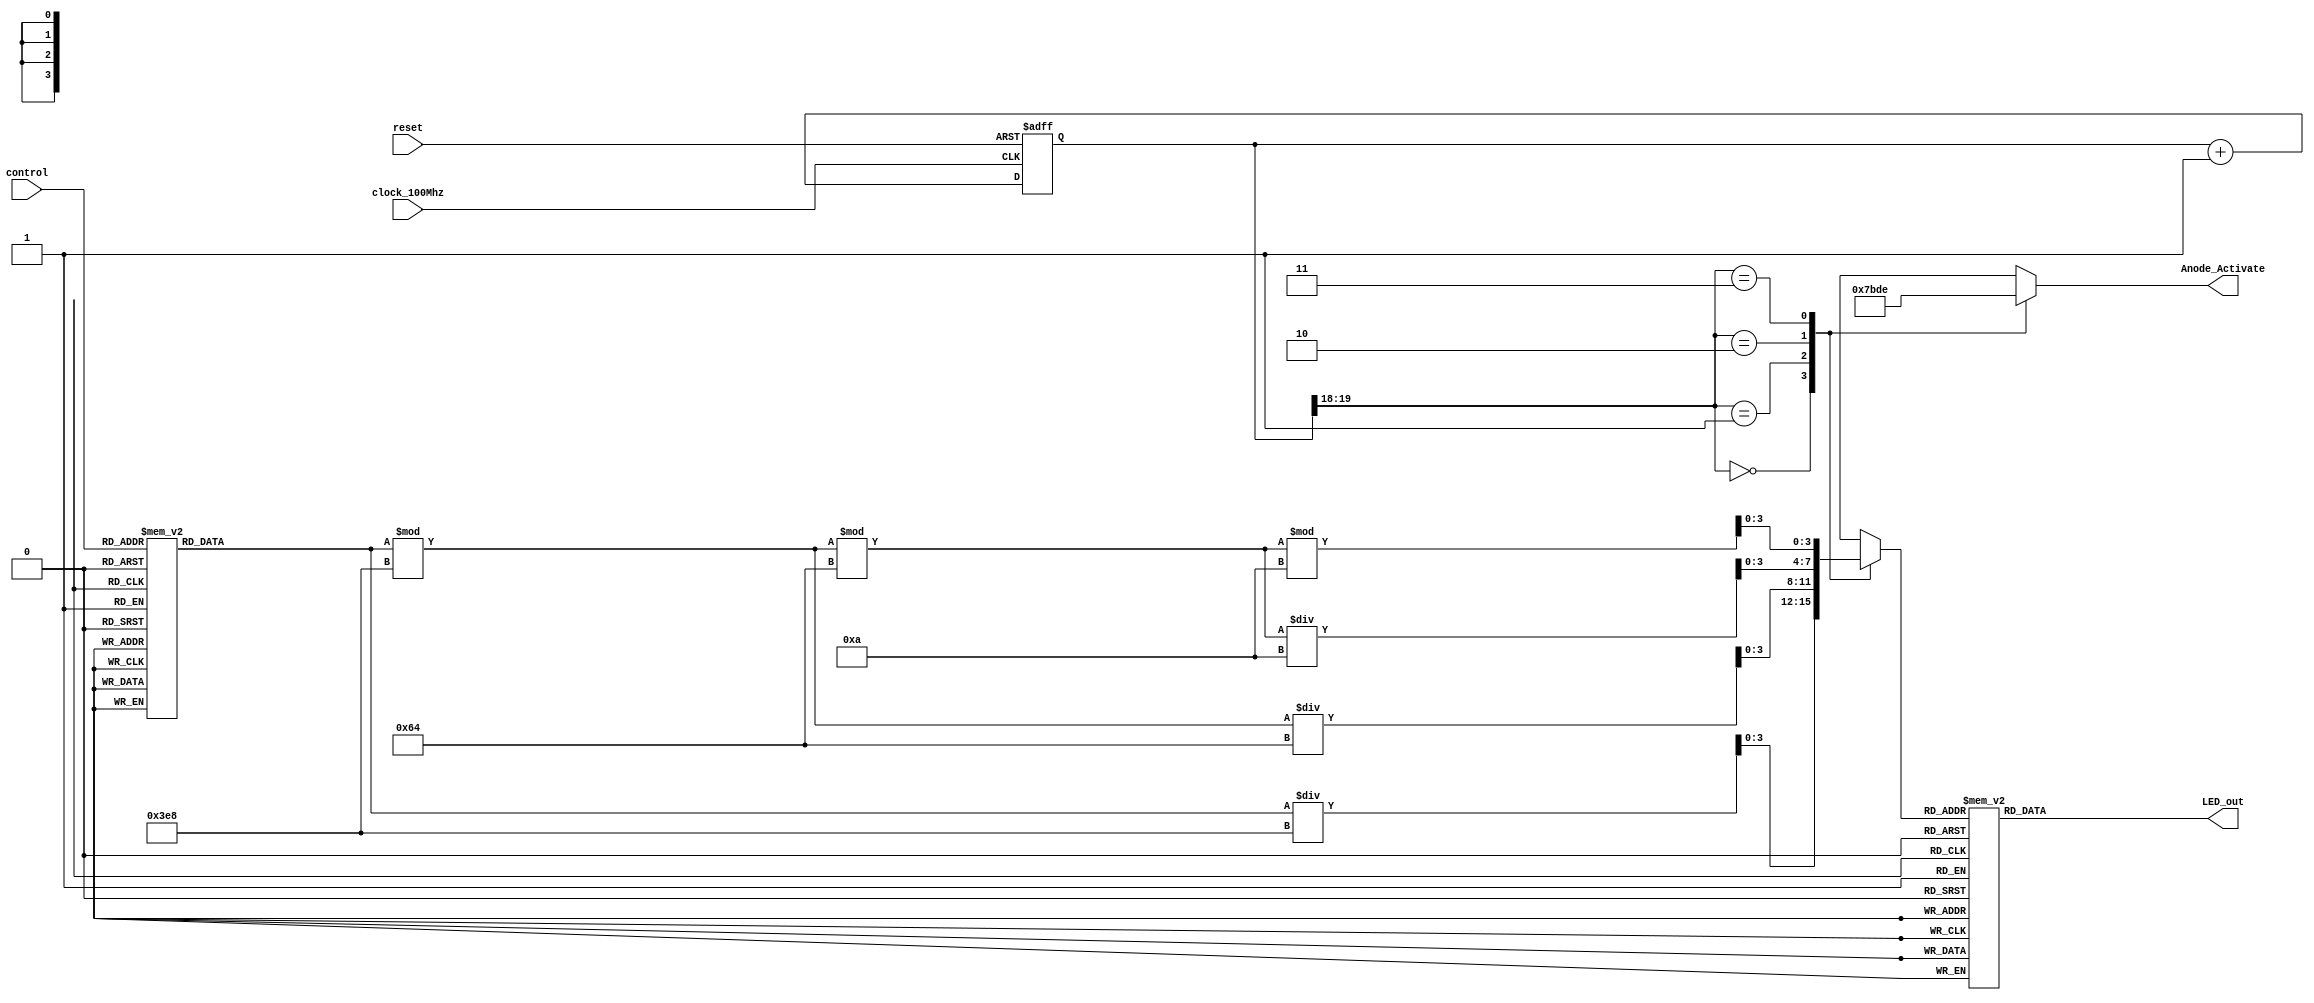
`timescale 1ns / 1ps


module control_7seg(
    input clock_100Mhz, // 100 Mhz clock source on Basys 3 FPGA
    input reset, // reset
    input [3:0] control,
    output reg [3:0] Anode_Activate, // anode signals of the 7-segment LED display
    output reg [6:0] LED_out// cathode patterns of the 7-segment LED display
    //output reg [7:0] LED
    );
    reg [26:0] one_second_counter; // counter for generating 1 second clock enable
    wire one_second_enable;// one second enable for counting numbers
    reg [15:0] displayed_number; // counting number to be displayed
    reg [3:0] LED_BCD;
    reg [19:0] refresh_counter; // 20-bit for creating 10.5ms refresh period or 380Hz refresh rate
             // the first 2 MSB bits for creating 4 LED-activating signals with 2.6ms digit period
    wire [1:0] LED_activating_counter; 
    
    //wire [2:0] LED_8;
    //reg [3:0] sw;
                 // count     0    ->  1  ->  2  ->  3
              // activates    LED1    LED2   LED3   LED4
             // and repeat
    /*
    always @(posedge clock_100Mhz or posedge reset)
    begin
        if(reset==1)
            one_second_counter <= 0;
        else begin
            if(one_second_counter>=99999999) 
                 one_second_counter <= 0;
            else
                one_second_counter <= one_second_counter + 1;
        end
    end 
    assign one_second_enable = (one_second_counter==99999999)?1:0;
    always @(posedge clock_100Mhz or posedge reset)
    begin
        if(reset==1)
            displayed_number <= 0;
        else if(one_second_enable==1)
            displayed_number <= displayed_number + 1;
    end
    
    always @*
        begin
            sw[0] = bit_D;
            sw[1] = bit_C;
            sw[2] = bit_B;
            sw[3] = bit_A;
        end
    */
    always @ ( control )
        begin
            case (control)
                4'b0000 : displayed_number <= 16'b0000000000000000;
                4'b0001 : displayed_number <= 16'b0000000000000001;
                4'b0010 : displayed_number <= 16'b0000000000000010;
                4'b0011 : displayed_number <= 16'b0000000000000011;
                4'b0100 : displayed_number <= 16'b0000000000000100;
                4'b0101 : displayed_number <= 16'b0000000000000101;
                4'b0110 : displayed_number <= 16'b0000000000000110;
                4'b0111 : displayed_number <= 16'b0000000000000111;
                4'b1000 : displayed_number <= 16'b0000000000001000;
                4'b1001 : displayed_number <= 16'b0000000000001001;
                4'b1010 : displayed_number <= 16'b0000000000001010;
                4'b1011 : displayed_number <= 16'b0000000000001011;
                4'b1100 : displayed_number <= 16'b0000000000001100;
                4'b1101 : displayed_number <= 16'b0000000000001101;
                4'b1110 : displayed_number <= 16'b0000000000001110;
                4'b1111 : displayed_number <= 16'b0000000000001111;
                default : displayed_number <= 16'b0000000000000001;
            endcase
        end
        // Escala de 8 D,C,B
    /*
    assign LED_8[2:0] = sw[2:0];
    
    always @( LED_8)
        begin
            case (LED_8)
                3'b000   :   LED <= 8'b00000000;
                3'b001   :   LED <= 8'b10000000;
                3'b010   :   LED <= 8'b11000000;
                3'b011   :   LED <= 8'b11100000;
                3'b100   :   LED <= 8'b11110000;
                3'b101   :   LED <= 8'b11111000;
                3'b110   :   LED <= 8'b11111100;
                3'b111   :   LED <= 8'b11111111;
                default  :   LED <= 8'b11111111;
            endcase
        end
        
    */
    always @(posedge clock_100Mhz or posedge reset)
    begin 
        if(reset==1)
            refresh_counter <= 0;
        else
            refresh_counter <= refresh_counter + 1;
    end 
    assign LED_activating_counter = refresh_counter[19:18];
    // anode activating signals for 4 LEDs, digit period of 2.6ms
    // decoder to generate anode signals 
    always @(*)
    begin
        case(LED_activating_counter)
        2'b00: begin
            Anode_Activate = 4'b0111; 
            // activate LED1 and Deactivate LED2, LED3, LED4
            LED_BCD = displayed_number/1000;
            // unidades
              end
        2'b01: begin
            Anode_Activate = 4'b1011; 
            // activate LED2 and Deactivate LED1, LED3, LED4
            LED_BCD = (displayed_number % 1000)/100;
            // decenas
              end
        2'b10: begin
            Anode_Activate = 4'b1101; 
            // activate LED3 and Deactivate LED2, LED1, LED4
            LED_BCD = ((displayed_number % 1000)%100)/10;
            // centenas
                end
        2'b11: begin
            Anode_Activate = 4'b1110; 
            // activate LED4 and Deactivate LED2, LED3, LED1
            LED_BCD = ((displayed_number % 1000)%100)%10;
            // um   
               end
        endcase
    end
    // Cathode patterns of the 7-segment LED display 
    always @(*)
    begin
        case(LED_BCD)
        4'b0000: LED_out = 7'b0000001; // "0"     
        4'b0001: LED_out = 7'b1001111; // "1" 
        4'b0010: LED_out = 7'b0010010; // "2" 
        4'b0011: LED_out = 7'b0000110; // "3" 
        4'b0100: LED_out = 7'b1001100; // "4" 
        4'b0101: LED_out = 7'b0100100; // "5" 
        4'b0110: LED_out = 7'b0100000; // "6" 
        4'b0111: LED_out = 7'b0001111; // "7" 
        4'b1000: LED_out = 7'b0000000; // "8"     
        4'b1001: LED_out = 7'b0000100; // "9" 
        default: LED_out = 7'b0000001; // "0"
        endcase
    end
 endmodule